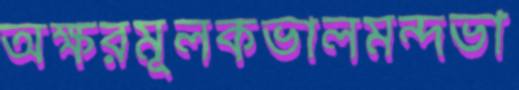
অক্ষরমূলকভালমন্দভা